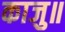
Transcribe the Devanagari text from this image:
काजु॥